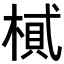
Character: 𣖿